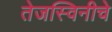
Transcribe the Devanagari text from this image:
तेजस्विनीचे